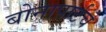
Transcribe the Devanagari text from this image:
बोनापार्टचे